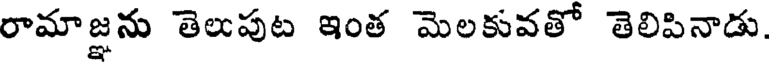
రామాజ్ఞను తెలుపుట ఇంత మెలకువతో తెలిపినాడు.